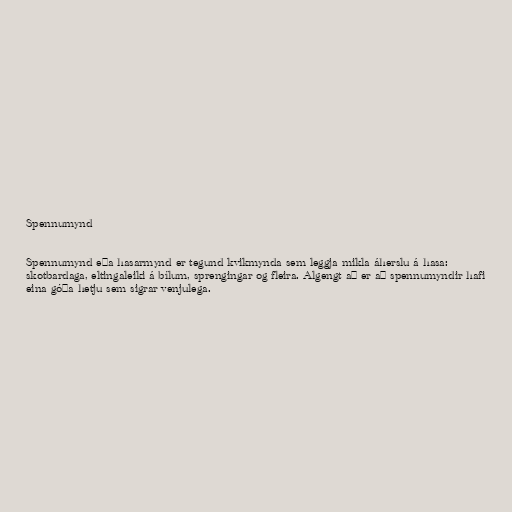
Spennumynd

Spennumynd eða hasarmynd er tegund kvikmynda sem leggja mikla áherslu á hasa:
skotbardaga, eltingaleiki á bílum, sprengingar og fleira. Algengt að er að spennumyndir hafi
eina góða hetju sem sigrar venjulega.